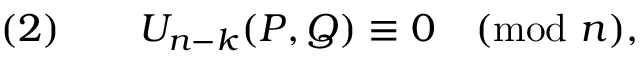
( 2 ) \qquad U _ { n - k } ( P , Q ) \equiv 0 { \pmod { n } } ,